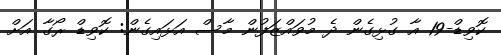
ކޮވިޑް-19 އާ ގުޅިގެން ދެ މުވައްޒަފުން މާސް އަޅައިގެން: ކޮވިޑް ރޯގާ އަށް